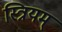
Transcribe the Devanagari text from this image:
स्त्रियम्